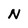
Character: N